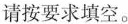
请按要求填空。